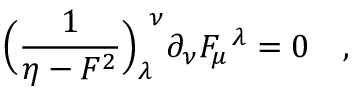
\Bigl ( { \frac { 1 } { \eta - F ^ { 2 } } } \Bigr ) _ { \lambda } ^ { \ \nu } \partial _ { \nu } F _ { \mu } ^ { \ \lambda } = 0 \quad ,